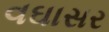
વઘાસર